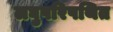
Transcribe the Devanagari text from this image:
लघुपरिपथित